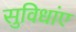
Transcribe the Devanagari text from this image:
सुविधांए